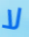
لا